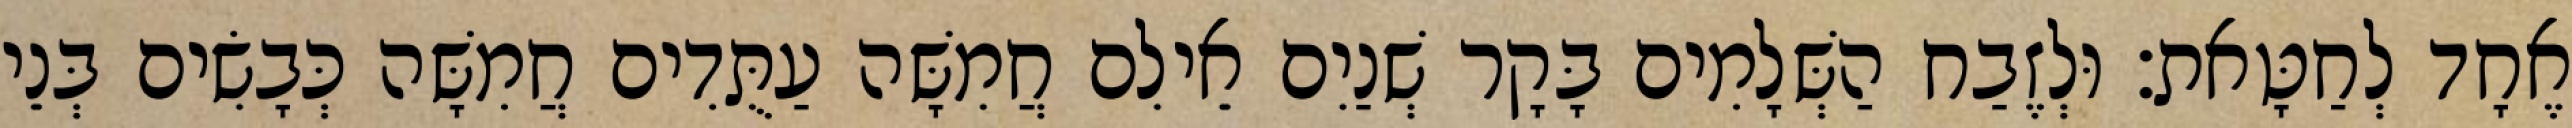
אֶחָד לְחַטָּאת׃ וּלְזֶבַח הַשְּׁלָמִים בָּקָר שְׁנַיִם אֵילִם חֲמִשָּׁה עַתֻּדִים חֲמִשָּׁה כְּבָשִׂים בְּנֵי